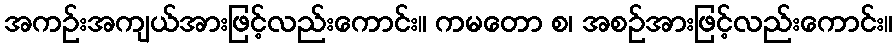
အကဉ်းအကျယ်အားဖြင့်လည်းကောင်း။ ကမတော စ၊ အစဉ်အားဖြင့်လည်းကောင်း။